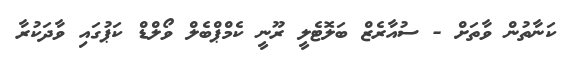
ކަނާތުން ވާތަށް - ސުއާރެޒް ބަލޮޓެލީ ރޫނީ ކެމްޕްބެލް ވޯލްޑް ކަޕުގައި ވާދަކުރާ